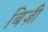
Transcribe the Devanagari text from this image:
बिज़ी